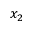
x _ { 2 }